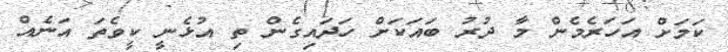
ކަމަށް އަހަރެމެން މާ ދުރު ބައަކަށް ހަދައިގެން ތި އުޅެނީ ކީވެތަ އަނެއް